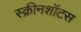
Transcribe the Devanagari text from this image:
स्क्रीनशॉटस